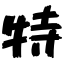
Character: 特